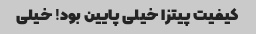
کیفیت پیتزا خیلی پایین بود! خیلی